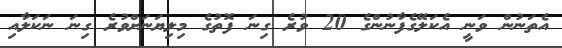
އެތަނުން ވަނީ އެކަލޭގެފާނުންގެ 20 ވުރެ ގިނަ ފޮތުގެ މިލިޔަނަށްވުރެ ގިނަ ނަކަލާއި